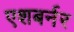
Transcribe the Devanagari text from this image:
एशबर्नर